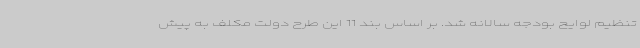
تنظیم لوایح بودجه سالانه شد. بر اساس بند 11 این طرح دولت مکلف به پیش